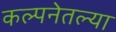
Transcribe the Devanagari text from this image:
कल्पनेतल्या